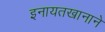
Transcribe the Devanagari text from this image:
इनायतखानाने